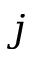
j